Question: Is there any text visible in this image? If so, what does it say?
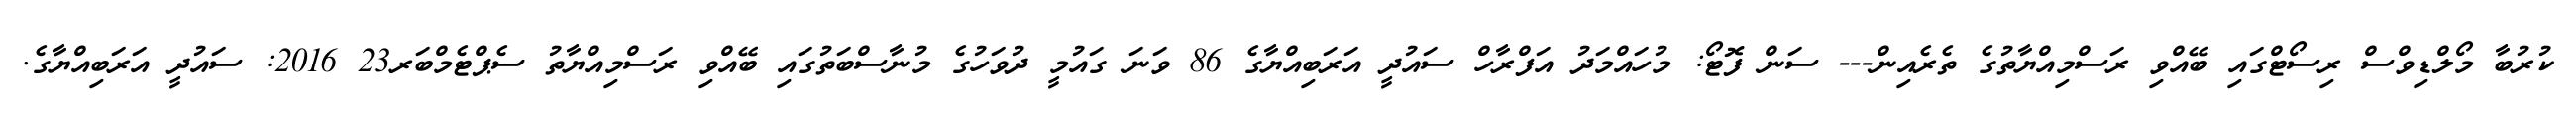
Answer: ކުރުބާ މޯލްޑިވްސް ރިސޯޓްގައި ބޭއްވި ރަސްމިއްޔާތުގެ ތެރެއިން--- ސަން ފޮޓޯ: މުހައްމަދު އަފްރާހް ސައުދީ އަރަބިއްޔާގެ 86 ވަނަ ގައުމީ ދުވަހުގެ މުނާސްބަތުގައި ބޭއްވި ރަސްމިއްޔާތު ސެޕްޓެމްބަރ23 2016: ސައުދީ އަރަބިއްޔާގެ.